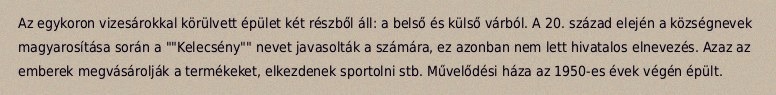
Az egykoron vizesárokkal körülvett épület két részből áll: a belső és külső várból. A 20. század elején a községnevek magyarosítása során a ""Kelecsény"" nevet javasolták a számára, ez azonban nem lett hivatalos elnevezés. Azaz az emberek megvásárolják a termékeket, elkezdenek sportolni stb. Művelődési háza az 1950-es évek végén épült.